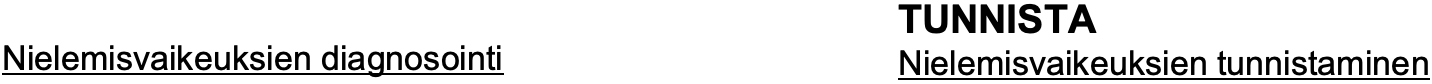
TUNNISTA Nielemisvaikeuksien diagnosointi Nielemisvaikeuksien tunnistaminen